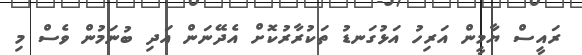
ރައީސް ޔާމީން އަރިހު އަޅުގަނޑު ތަކުރާރުކޮށް އެދޭނަން އަދި ބުނަމުން ވެސް މި